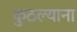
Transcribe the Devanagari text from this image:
कुठल्याना